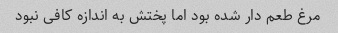
مرغ طعم دار شده بود اما ‌پختش به اندازه کافی نبود